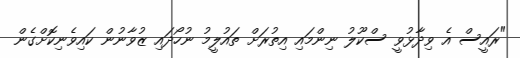
"ރައީސް އެ ވިދާޅުވީ ސްކޫލު ނިންމައި އިތުރަށް ތައުލީމު ނުހޯދައި ޒުވާނުން ކައިވެނިކޮށްގެން